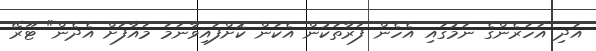
އަދި އަހަރެންގެ ނަމުގައި އެހެން ފަރާތަކުން އެކަން ކޮށްފައިވާނަމަ މައާފަށް އެދެން" ޓޫރޭ